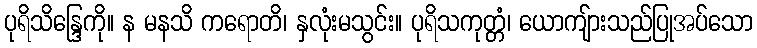
ပုရိသိန္ဒြေကို။ န မနသိ ကရောတိ၊ နှလုံးမသွင်း။ ပုရိသကုတ္တံ၊ ယောကျ်ားသည်ပြုအပ်သော